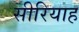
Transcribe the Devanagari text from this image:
सीरियाह